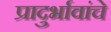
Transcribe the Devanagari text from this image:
प्रादुर्भावांचे